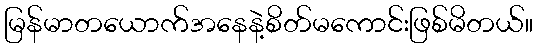
မြန်မာတယောက်အနေနဲ့စိတ်မကောင်းဖြစ်မိတယ်။